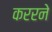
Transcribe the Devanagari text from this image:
कररने